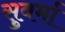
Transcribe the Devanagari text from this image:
सुवर्मा